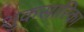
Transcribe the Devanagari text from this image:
शुकसारिका